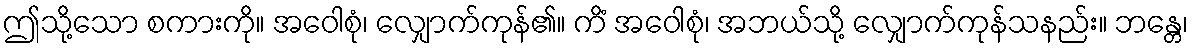
ဤသို့သော စကားကို။ အဝေါစုံ၊ လျှောက်ကုန်၏။ ကိံ အဝေါစုံ၊ အဘယ်သို့ လျှောက်ကုန်သနည်း။ ဘန္တေ၊